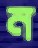
ন